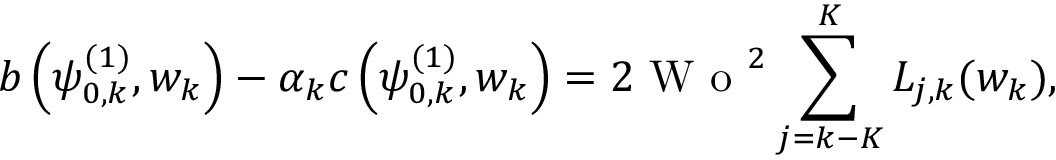
b \left( \psi _ { 0 , k } ^ { ( 1 ) } , w _ { k } \right) - \alpha _ { k } c \left( \psi _ { 0 , k } ^ { ( 1 ) } , w _ { k } \right) = 2 \textrm { W o } ^ { 2 } \sum _ { j = k - K } ^ { K } L _ { j , k } ( w _ { k } ) ,